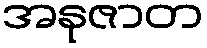
အနုဇာတ